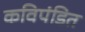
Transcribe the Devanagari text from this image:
कविपंडित